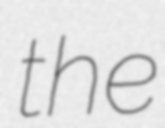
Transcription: the